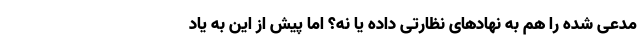
مدعی شده را هم به نهادهای نظارتی داده یا نه؟ اما پیش از این به یاد